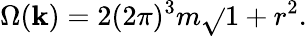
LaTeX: \Omega(\mathbf{k})=2(2\pi)^{3}m\sqrt{}{{1+r^{2}}}.